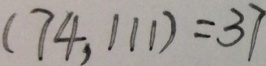
( 7 4 , 1 1 1 ) = 3 7